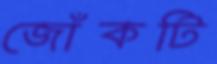
জোঁকটি